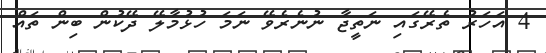
4 އަހަރު ތެރޭގައި ނަތީޖާ ނުނެރެވޭ ނަމަ ހުޅުމާލޭ ދޭކުން ބިން ތައް